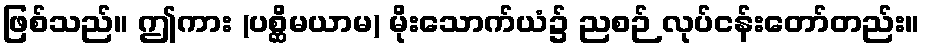
ဖြစ်သည်။ ဤကား (ပစ္ဆိမယာမ) မိုးသောက်ယံ၌ ညစဉ် လုပ်ငန်းတော်တည်း။